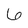
Character: 6